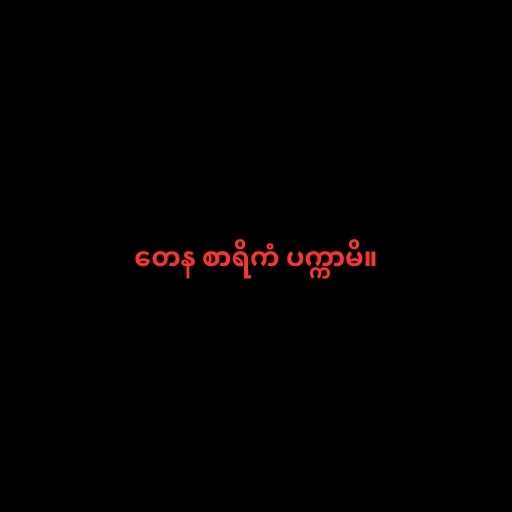
တေန စာရိကံ ပက္ကာမိ။